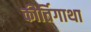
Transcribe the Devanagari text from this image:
कीर्तिगाथा